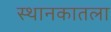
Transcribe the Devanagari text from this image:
स्थानकातला